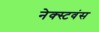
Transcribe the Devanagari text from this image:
नेक्स्टवंस